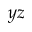
y z